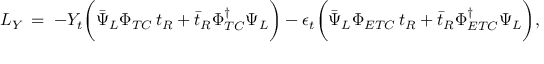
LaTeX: { \cal L } _ { Y } \, = \; - Y _ { t } \biggl ( \bar { \Psi } _ { L } \Phi _ { T C } \, t _ { R } + \bar { t } _ { R } \Phi _ { T C } ^ { \dagger } \Psi _ { L } \biggr ) - \epsilon _ { t } \biggl ( \bar { \Psi } _ { L } \Phi _ { E T C } \, t _ { R } + \bar { t } _ { R } \Phi _ { E T C } ^ { \dagger } \Psi _ { L } \biggr ) ,